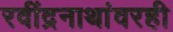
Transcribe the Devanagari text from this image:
रवींद्रनाथांवरही